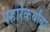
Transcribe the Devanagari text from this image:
पहारेकर्यांचा